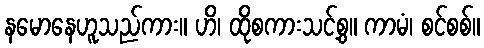
နမောနေဟူသည်ကား။ ဟိ၊ ထိုစကားသင့်စွ။ ကာမံ၊ စင်စစ်။